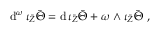
\mathrm { d } ^ { \omega } \, \iota _ { \bar { Z } } \bar { \Theta } = \mathrm { d } \, \iota _ { \bar { Z } } \bar { \Theta } + \omega \wedge \iota _ { \bar { Z } } \bar { \Theta } \ ,